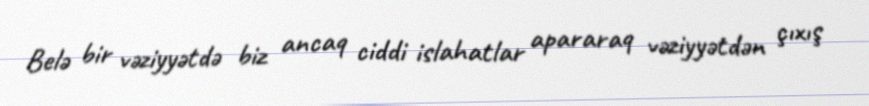
Belə bir vəziyyətdə biz ancaq ciddi islahatlar apararaq vəziyyətdən çıxış